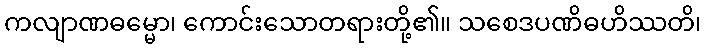
ကလျာဏဓမ္မော၊ ကောင်းသောတရားတို့၏။ သစေဒပဏိဓဟိဿတိ၊